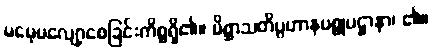
မမေ့မလျော့စေခြင်းကိစ္စရှိ၏။ မိစ္ဆာသတိပ္ပဟာနပစ္စုပဋ္ဌာနာ၊ ၏။